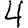
Digit: 4